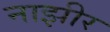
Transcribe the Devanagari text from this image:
नाझीर